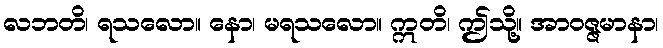
လဘတိ၊ ရသလော။ နော၊ မရသလော။ ဣတိ၊ ဤသို့။ အာဝဇ္ဇမာနာ၊